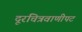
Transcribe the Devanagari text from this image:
दूरचित्रवाणीपट